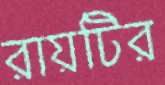
রায়টির